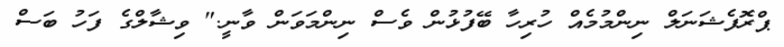
ޕްރޮފެޝަނަލް ނިންމުމެއް ހުރިހާ ބޭފުޅުން ވެސް ނިންމަވަން ވާނީ." ވިޝާލްގެ ފަހު ބަސް